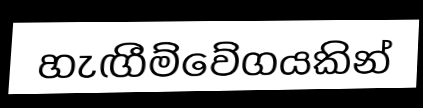
හැඟීම්වේගයකින්